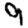
Digit: 9